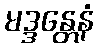
မဒ္ဒန္တေနံ